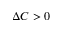
\Delta C > 0